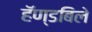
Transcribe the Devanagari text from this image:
हॅण्डबिले